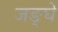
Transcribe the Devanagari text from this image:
जङ्घे